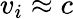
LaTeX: v_{i}\approx c